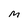
Character: M